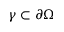
\gamma \subset \partial \Omega